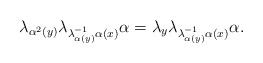
\begin{align*}\lambda_{\alpha^{2}(y)}\lambda_{\lambda_{\alpha(y)}^{-1}\alpha(x)}\alpha=\lambda_{y}\lambda_{\lambda_{\alpha(y)}^{-1}\alpha(x)}\alpha.\end{align*}